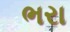
ભરા